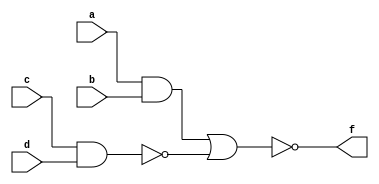
module aoi_2001(input wire a,b,c,d, output wire f);
	assign f = ~((a&b)|(~(c&d)));
endmodule